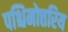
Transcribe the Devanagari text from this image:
पश्चिमोत्तरिय